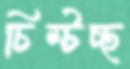
চিম্‌টচ্ছ